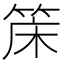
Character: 𬕌